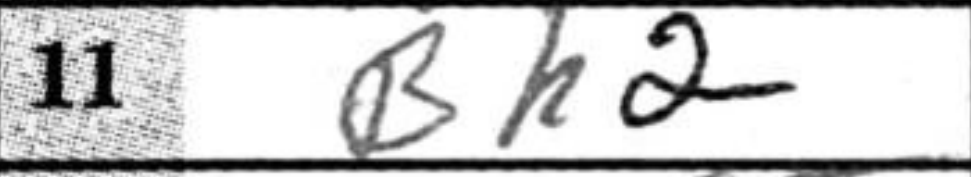
Transcription: Bh2